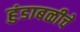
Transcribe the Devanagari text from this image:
हुंडाबळीचे